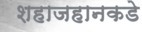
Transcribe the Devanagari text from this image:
शहाजहानकडे